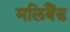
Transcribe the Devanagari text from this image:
मलिबैंड